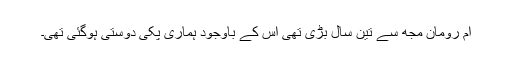
ام رومان مجھ سے تین سال بڑی تھی اس کے باوجود ہماری پکی دوستی ہوگئی تھی۔